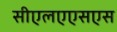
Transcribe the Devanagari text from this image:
सीएलएएसएस